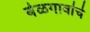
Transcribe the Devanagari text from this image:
बेळगावांचे